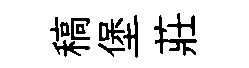
稿堡莊